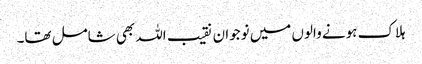
ہلاک ہونے والوں میں نوجوان نقیب اللہ بھی شامل تھا۔